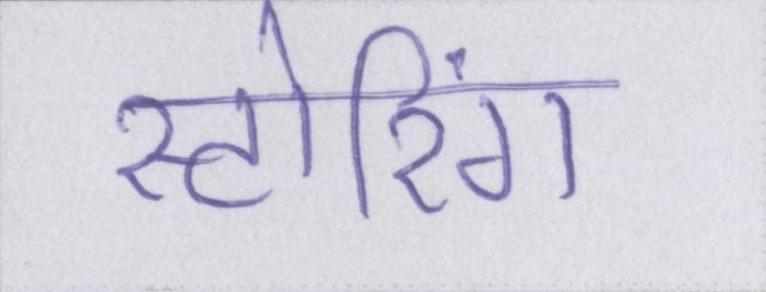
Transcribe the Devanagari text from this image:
स्टोरिंग